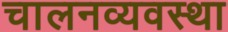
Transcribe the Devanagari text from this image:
चालनव्यवस्था